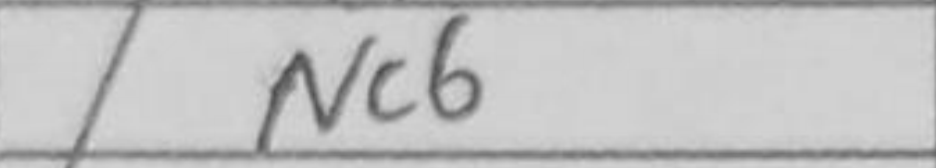
Transcription: Nc6